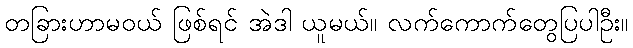
တခြားဟာမဝယ် ဖြစ်ရင် အဲဒါ ယူမယ်။ လက်ကောက်တွေပြပါဦး။